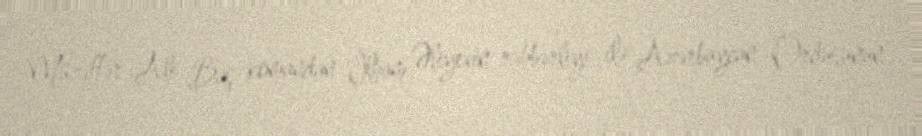
Müzəffər Ali Baş komandan İlham Əliyevin rəhbərliyi ilə Azərbaycan Ordusunun